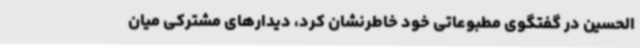
الحسین در گفتگوی مطبوعاتی خود خاطرنشان کرد، دیدارهای مشترکی میان